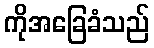
ကိုအခြေခံသည်